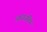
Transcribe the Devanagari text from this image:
धाराजनित्र